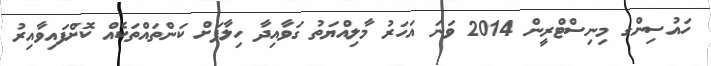
ހައުސިންގ މިނިސްޓްރީން 2014 ވަނަ އަހަރު މާލިއްޔަތު ގަވާއިދާ ހިލާފަށް ކަންތައްތަކެއް ކޮށްފައިވާއިރު